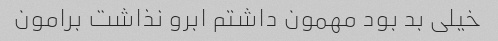
خیلی بد بود مهمون داشتم ابرو نذاشت برامون